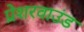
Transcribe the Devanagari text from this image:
प्रेशरवाउंड